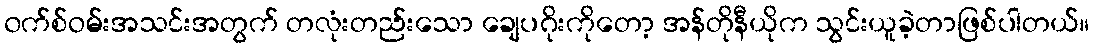
၀က်စ်ဝမ်းအသင်းအတွက် တလုံးတည်းသော ချေပဂိုးကိုတော့ အန်တိုနီယိုက သွင်းယူခဲ့တာဖြစ်ပါတယ်။